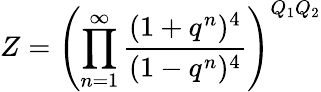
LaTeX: Z=\left(\prod_{n=1}^{\infty}\frac{(1+q^{n})^{4}}{(1-q^{n})^{4}}\right)^{Q_{1}Q_{2}}